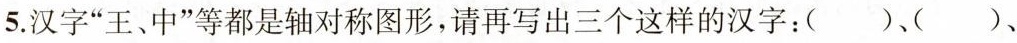
5.汉字”王、中”等都是轴对称图形，请再写出三个这样的汉字：( )( )